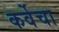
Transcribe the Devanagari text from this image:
कर्वेचा